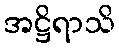
အဋ္ဌိရာသိ